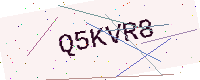
Text: Q5KVR8